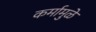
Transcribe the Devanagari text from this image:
कर्मामुळे